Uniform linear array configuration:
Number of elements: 48
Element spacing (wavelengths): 0.75
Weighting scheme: exponential
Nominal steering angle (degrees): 60
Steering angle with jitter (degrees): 59.978
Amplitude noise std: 0.05
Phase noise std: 0.05

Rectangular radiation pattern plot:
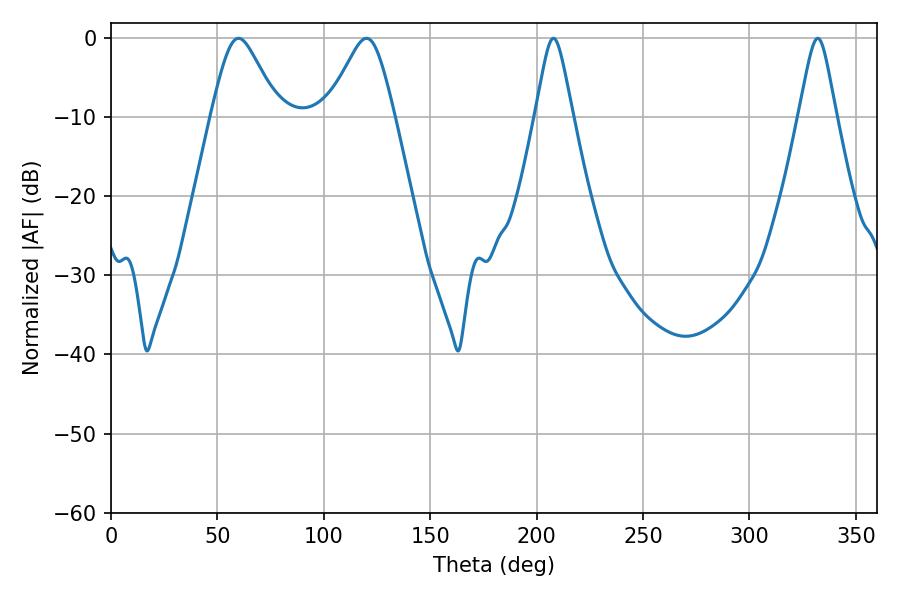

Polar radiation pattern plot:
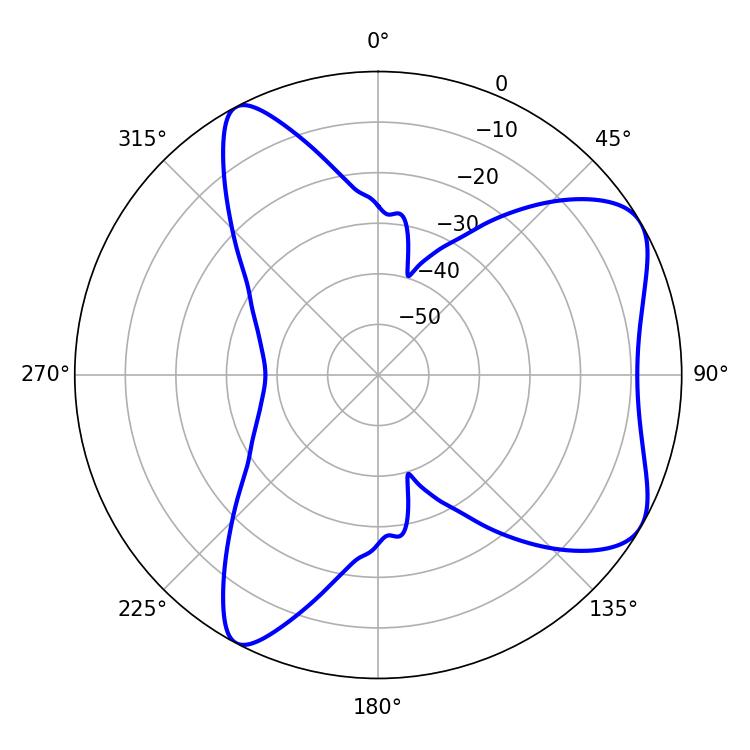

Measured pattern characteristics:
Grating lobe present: TRUE
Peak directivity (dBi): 6.701
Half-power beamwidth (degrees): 8.46
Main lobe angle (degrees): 207.9